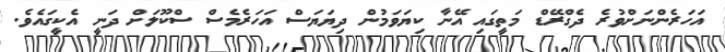
އަހަރެންނަށްވުރެ ދެގްރޭޑް މަތީގައި އޭނާ ކިޔަވަމުން ދިޔަޔަސް އަހަރެމެސް ސްކޫލަށް ދަނީ އެކީގައެވެ.